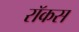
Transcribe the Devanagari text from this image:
रॉकस